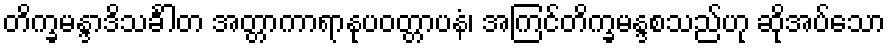
တိက္ခမန္ဒာဒိသင်္ခါတ အတ္တာကာရာနုပဝတ္တာပနံ၊ အကြင်တိက္ခမန္ဒစသည်ဟု ဆိုအပ်သော